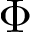
\Phi